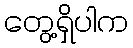
တွေ့ရှိပါက